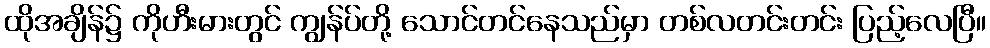
ထိုအချိန်၌ ကိုဟီးမားတွင် ကျွန်ပ်တို့ သောင်တင်နေသည်မှာ တစ်လတင်းတင်း ပြည့်လေပြီ။